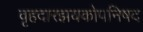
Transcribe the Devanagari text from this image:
वृहदारझयकोपनिषद